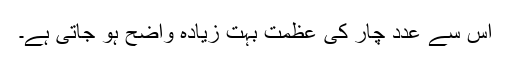
اس سے عدد چار کی عظمت بہت زیادہ واضح ہو جاتی ہے۔